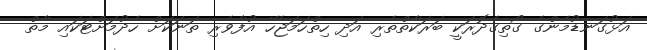
އަޅުގަނޑުމެންގެ ގޯތިގެދޮރަކީ ބަރަކާތްތެރި އަދި ހިތްހަމަޖެހޭ އުފާވެރި ތަނަކަށް ހެދުމަށްޓަކައި މާތް